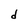
Character: d